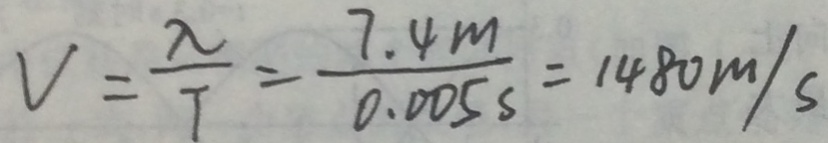
V = \frac { \lambda } { T } = \frac { 7 . 4 m } { 0 . 0 0 5 s } = 1 4 8 0 m / s